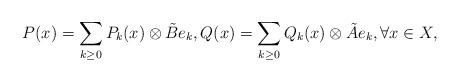
LaTeX: \begin{align*}P(x)=\sum_{k\geq 0}P_k(x)\otimes \tilde{B}e_k,Q(x)=\sum_{k\geq 0}Q_k(x)\otimes \tilde{A}e_k,\forall x\in X,\end{align*}